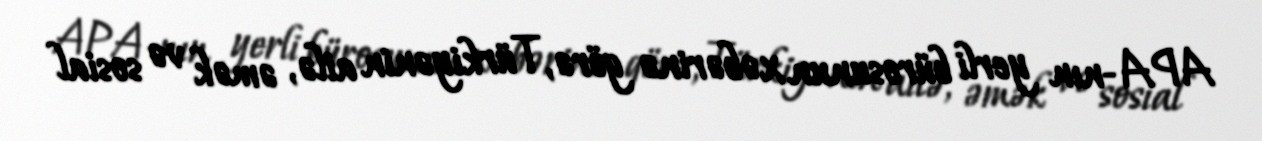
APA-nın yerli bürosunun xəbərinə görə, Türkiyənin ailə, əmək və sosial